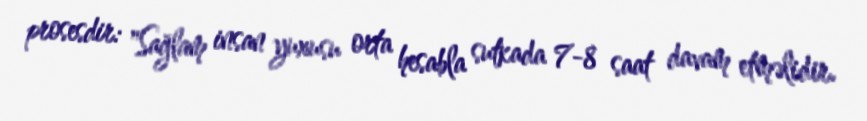
prosesdir: "Sağlam insan yuxusu orta hesabla sutkada 7-8 saat davam etməlidir.